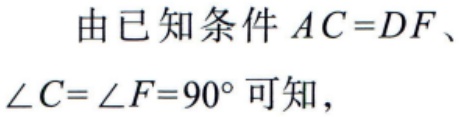
由已知条件 \(AC = DF\)、\(\angle C=\angle F = 90^{\circ}\)可知，